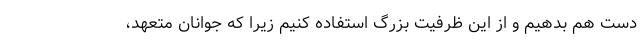
دست هم بدهیم و از این ظرفیت بزرگ استفاده کنیم زیرا که جوانان متعهد،